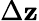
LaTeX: \Delta\boldsymbol{\mathbf{z}}